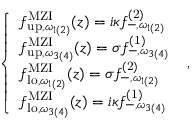
\begin{array} { r } { \left\{ \begin{array} { l l } { { f } _ { \mathrm { u p } , \omega _ { 1 ( 2 ) } } ^ { \mathrm { M Z I } } ( z ) = i \kappa { f } _ { - , \omega _ { 1 ( 2 ) } } ^ { \mathrm { ( 2 ) } } } \\ { { f } _ { \mathrm { u p } , \omega _ { 3 ( 4 ) } } ^ { \mathrm { M Z I } } ( z ) = \sigma { f } _ { - , \omega _ { 3 ( 4 ) } } ^ { \mathrm { ( 1 ) } } } \\ { { f } _ { \mathrm { l o } , \omega _ { 1 ( 2 ) } } ^ { \mathrm { M Z I } } ( z ) = \sigma { f } _ { - , \omega _ { 1 ( 2 ) } } ^ { \mathrm { ( 2 ) } } } \\ { { f } _ { \mathrm { l o } , \omega _ { 3 ( 4 ) } } ^ { \mathrm { M Z I } } ( z ) = i \kappa { f } _ { - , \omega _ { 3 ( 4 ) } } ^ { \mathrm { ( 1 ) } } } \end{array} \right. \ , } \end{array}